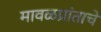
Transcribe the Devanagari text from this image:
मावळप्रांताचे